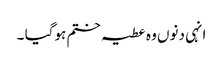
انہی دنوں وہ عطیہ ختم ہوگیا ۔